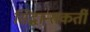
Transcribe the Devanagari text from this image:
सिद्धान्तकर्ती